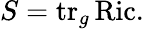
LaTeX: S=\operatorname{tr}_{g}\operatorname{Ric}.